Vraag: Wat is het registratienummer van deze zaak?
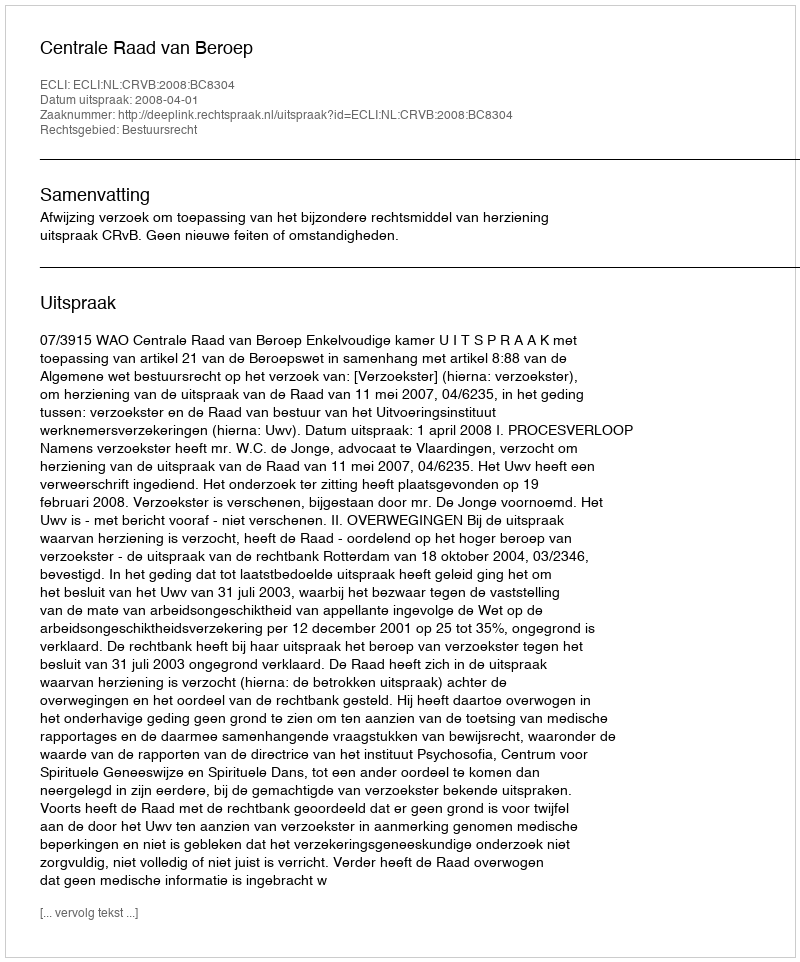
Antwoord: http://deeplink.rechtspraak.nl/uitspraak?id=ECLI:NL:CRVB:2008:BC8304